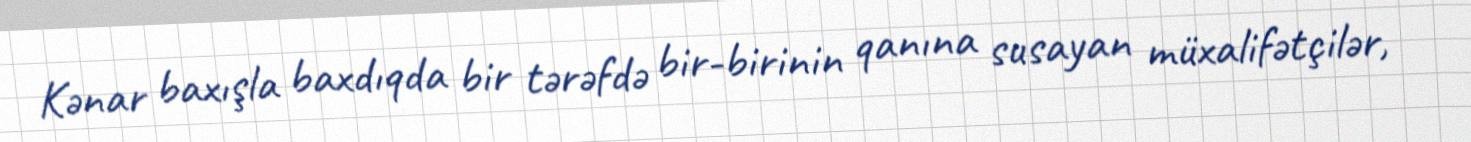
Kənar baxışla baxdıqda bir tərəfdə bir-birinin qanına susayan müxalifətçilər,